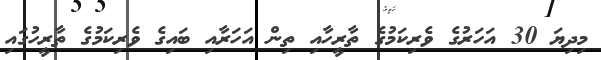
މިދިޔަ 30 އަހަރުގެ ވެރިކަމުގެ ތާރީހާއި ތިން އަހަރާއި ބައިގެ ވެރިކަމުގެ ތާރީހުގައި